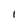
Character: 1